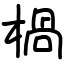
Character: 楇